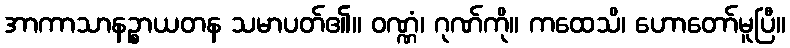
အာကာသာနဉ္စာယတန သမာပတ်၏။ ဝဏ္ဏံ၊ ဂုဏ်ကို။ ကထေသိ၊ ဟောတော်မူပြီ။